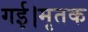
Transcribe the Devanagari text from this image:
गई।मृतक